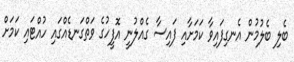
ބެލި ބެލުމުން އެނގިފައިވާ ކަމަށާއި ފައިސާ ގެއްލުނީ އޮފީހުގެ ވަތްގަނޑެއްގައި ހުއްޓައި ކަމަށް